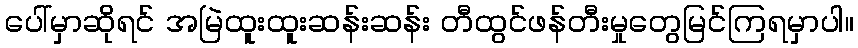
ပေါ်မှာဆိုရင် အမြဲထူးထူးဆန်းဆန်း တီထွင်ဖန်တီးမှုတွေမြင်ကြရမှာပါ။